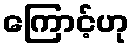
ကြောင့်ဟု